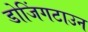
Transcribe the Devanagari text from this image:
डोजिंगटाउन